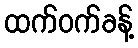
ထက်ဝက်ခန့်